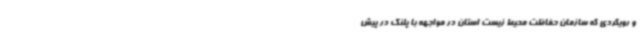
و رویکردی که سازمان حفاظت محیط زیست استان در مواجهه با پلنگ در پیش